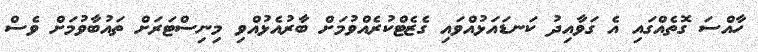
ހާއްސަ ގޮތެއްގައި އެ ގަވާއިދު ކަނޑައަޅުއްވައި ގެޒެޓްކުރެއްވުމަށް ބާރުއެޅުއްވި މިނިސްޓަރަށް ތައުބާވުމަށް ވެސް